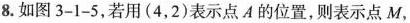
8.如图3-1-5，若用(4，2)表示点A的位置，则表示点M，